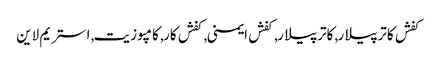
کفش کاترپیلار, کاترپیلار, کفش ایمنی, کفش کار, کامپوزیت, استریم لاین